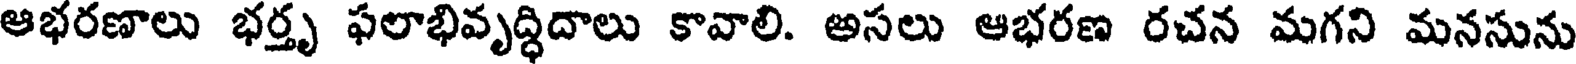
ఆభరణాలు భర్తృ ఫలాభివృద్ధిదాలు కావాలి. అసలు ఆభరణ రచన మగని మనసును